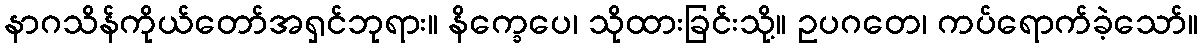
နာဂသိန်ကိုယ်တော်အရှင်ဘုရား။ နိက္ခေပေ၊ သိုထားခြင်းသို့။ ဥပဂတေ၊ ကပ်ရောက်ခဲ့သော်။